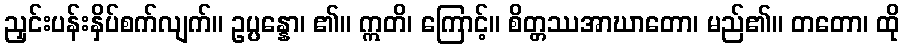
ညှင်းပန်းနှိပ်စက်လျက်။ ဥပ္ပန္နော၊ ၏။ ဣတိ၊ ကြောင့်။ စိတ္တဿအာဃာတော၊ မည်၏။ တတော၊ ထို